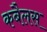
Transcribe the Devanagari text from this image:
कबैलस